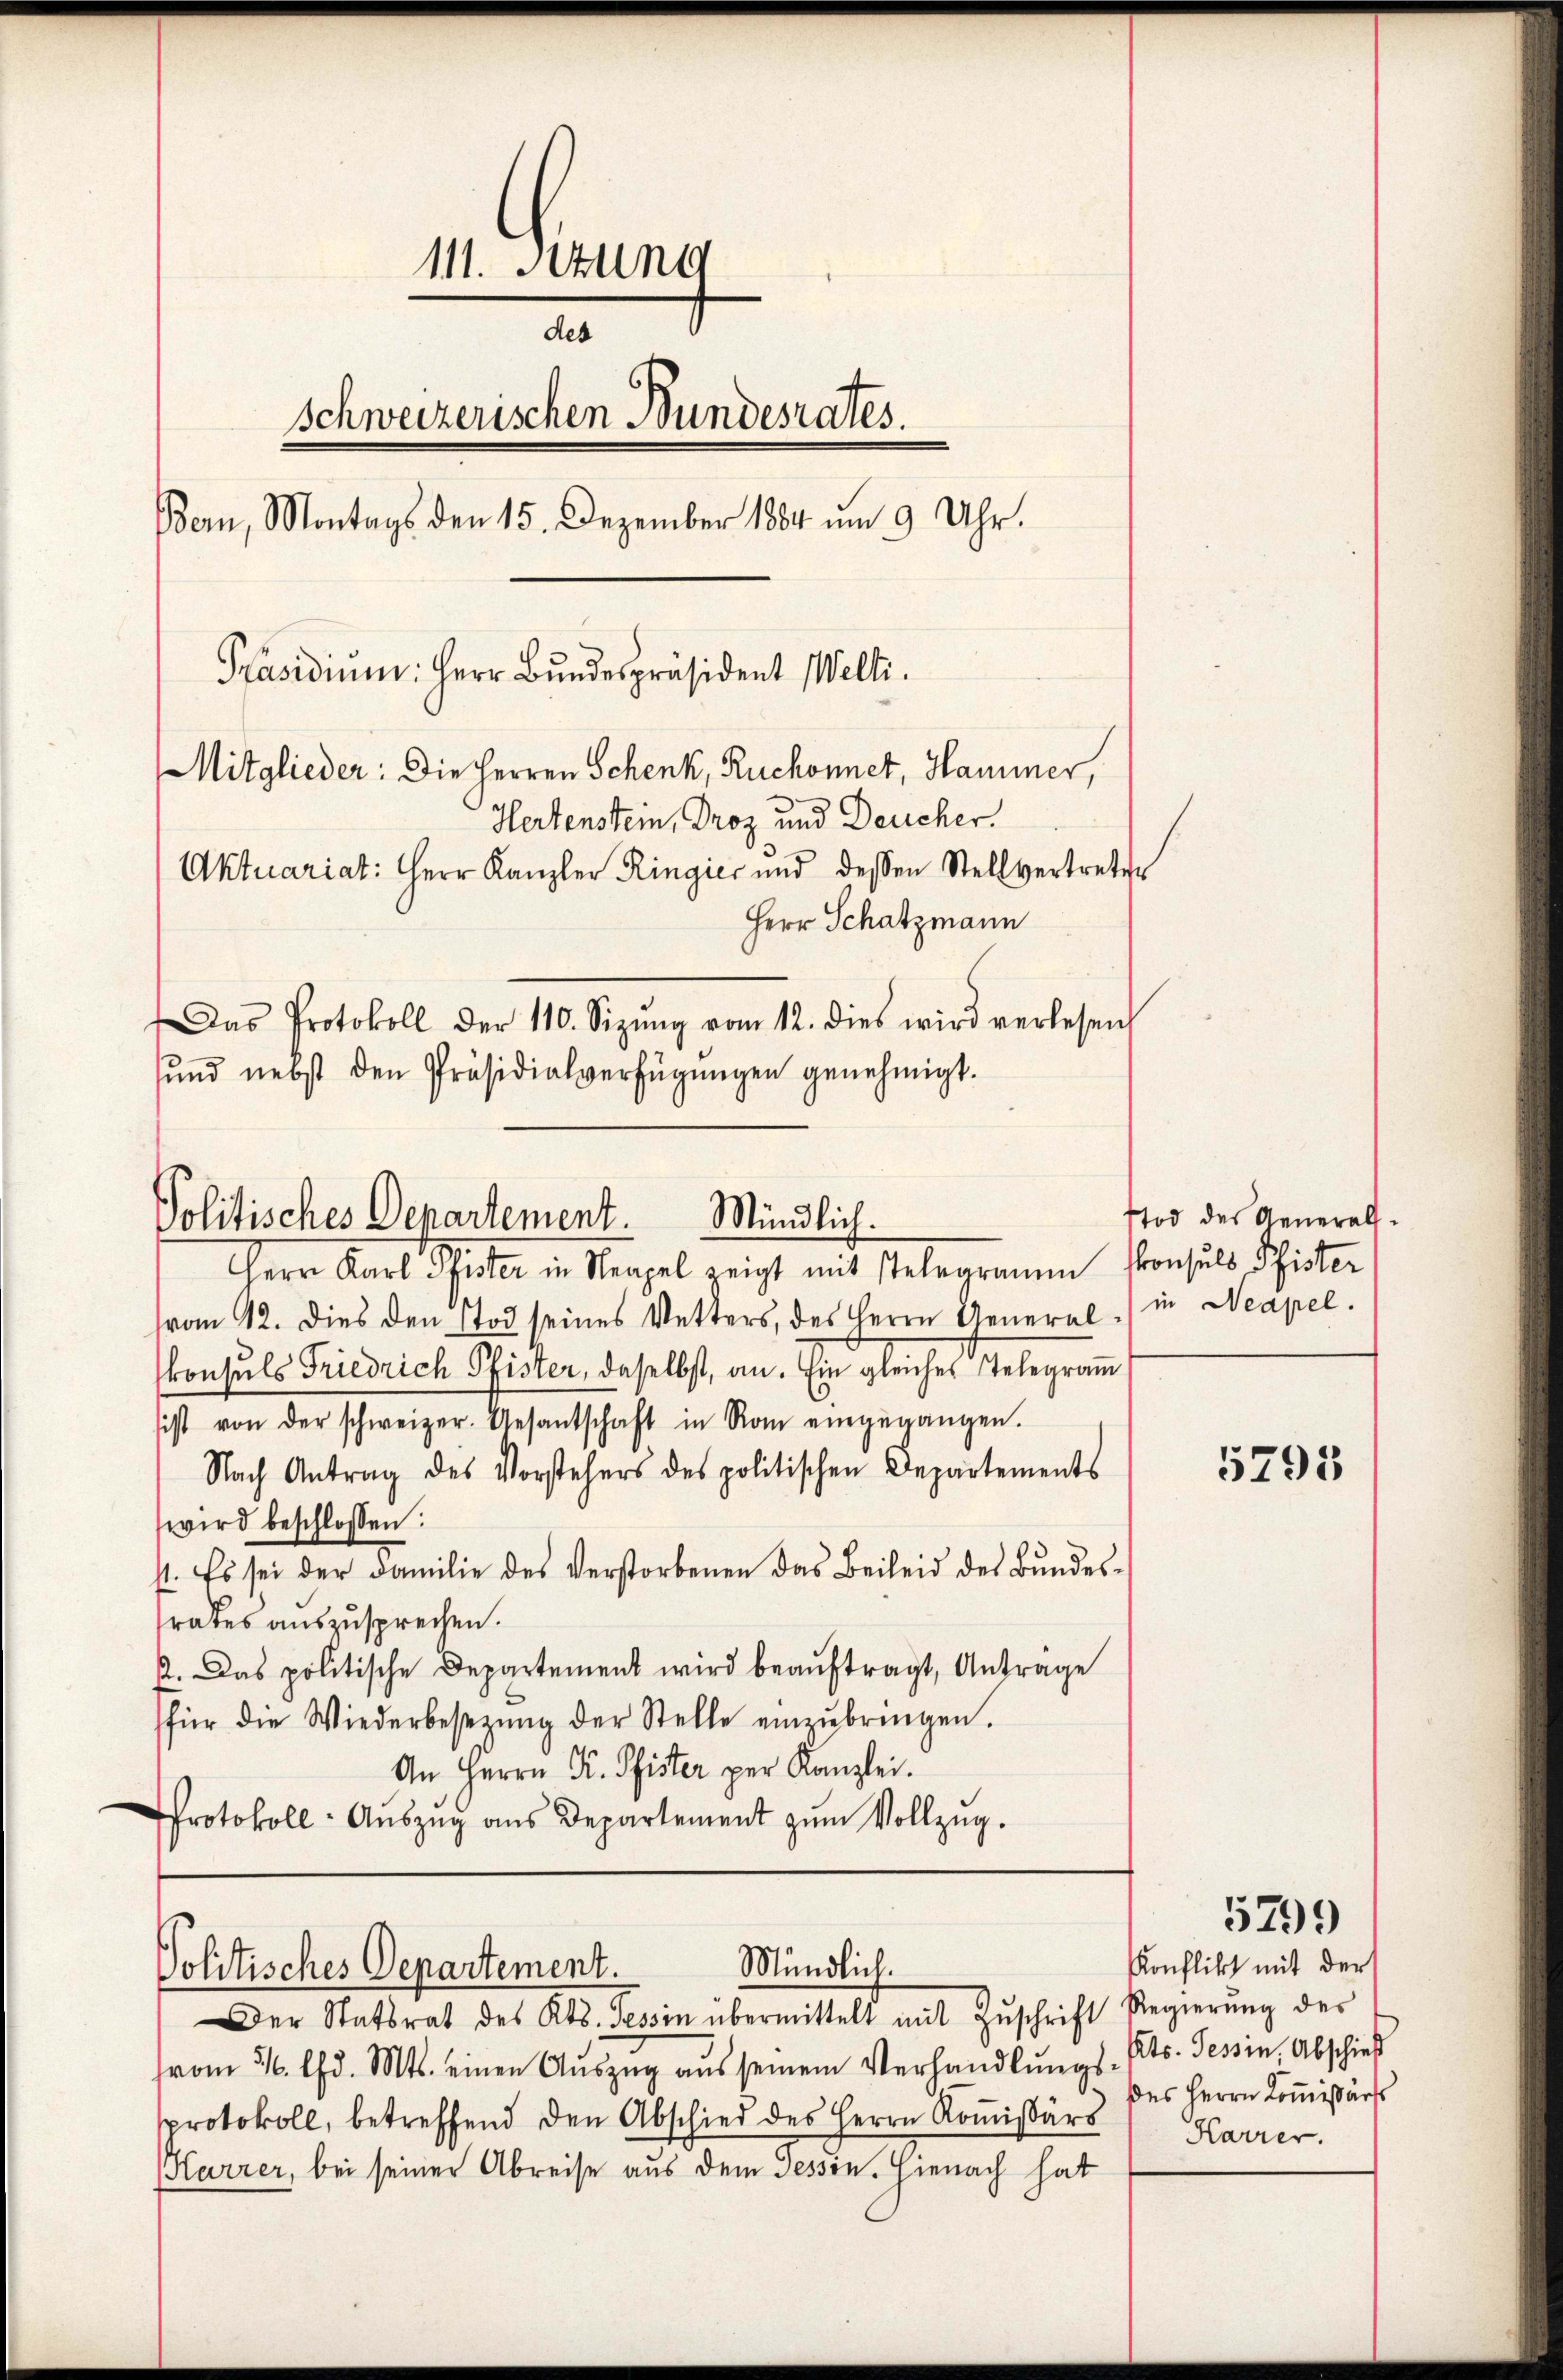
111. Stun
des
Schweizerischen Bundesrates.
Bern, Montags den 15. Dezember 1884 um 9 Uhr.
Präsidiŭm: Herr Bundespräsident Welti.
Mitglieder: Die Herren Schenk, Ruchonnet, Hammer,
Hertenstein, Droz und Deucher.
Aktuariat: Herr Kanzler Ringier und dessen Stellvertreten
Herr Schatzmann
Das Protokoll der 110. Sizŭng vom 12. dies wird verlesen
ŭnd nebst den Präsidialverfügŭngen genehmigt.

Politisches Departement. Mindlich.
Herr Karl Pfister in Neapel zeigt mit stelegramm konsuls Pfister

vom 12. Dies den Tod seines Vetters, des Herrn General in Neapel.
konsuls Friedrich Pfister, daselbst, an. Ein gleiches Telegram
sist von der schweizer. Gesantschaft in Rom eingegangen.
Nach Antrag des Vorstehers des politischen Departements
wird beschlossen:
st. Es sei der Familie des Verstorbenen das Beileid des Bundesrates auszusprechen.
. Das politische Departement wird beauftragt, Antrage
für die Wiederbesetzŭng der Stelle einzŭbringen.
An Herrn K. Pfister per Kanzlei.
Protokoll- Aŭszŭg ans Departement zŭm Vollzŭg.

Mündlich.
Politisches Departement.
Der Statsrat des Kts. Tessin übermittelt mit Zuschrift Regierung des

vom 26. d. Mts. einen Aŭszŭg aŭs seinem Verhandlŭngs- Cts. Tessin, Abschied
protokoll, betreffend den Abschied des Herrn Koṁissärs
Harrer, bei seiner Abreise aus dem Tessin. Hienach hat

Tod des General¬

5795

5799

Konflikt mit der
des Herrn Kommissärs
Karrer.